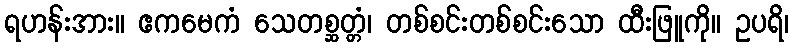
ရဟန်းအား။ ဧကမေကံ သေတစ္ဆတ္တံ၊ တစ်စင်းတစ်စင်းသော ထီးဖြူကို။ ဥပရိ၊